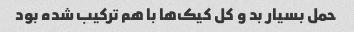
حمل بسیار بد و کل کیک‌ها با هم ترکیب شده بود